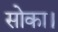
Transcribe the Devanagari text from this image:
सोका।